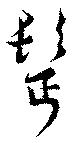
鬢